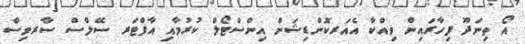
އޯ ތިނަދޫ ފިހާރައިން ވިއްކާ އެއަރކޮންޑިޝަން އިންސްޓޯލް ކުރުމާއި އާފްޓަރ ސޭލްސް ސާރވިސް